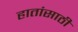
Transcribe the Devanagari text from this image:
हातांसाठी